Annual administration report of the Civil Veterinary Department of India - 1895-1896
Year: 1895
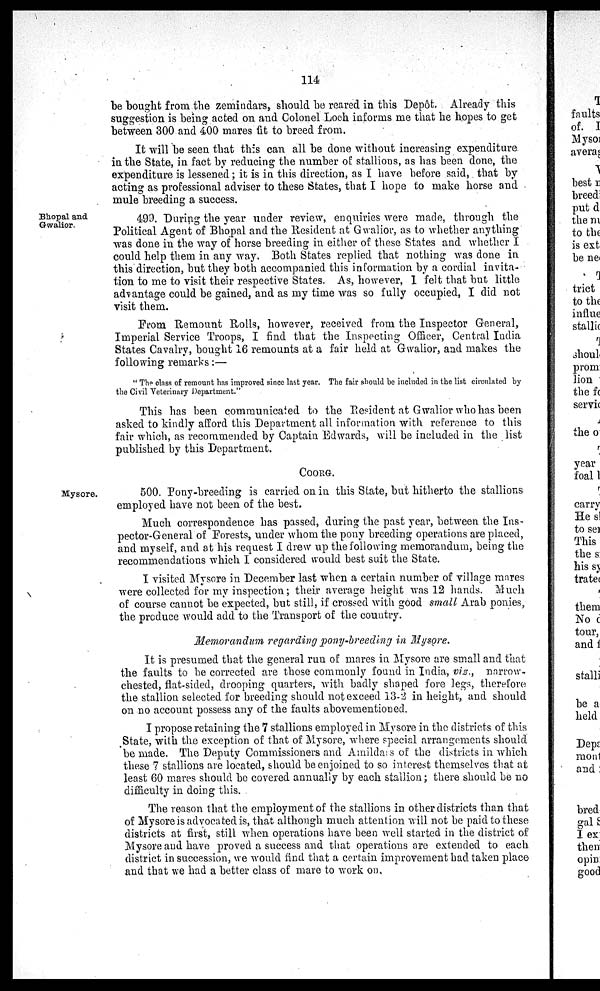
114
be bought from the zemindars, should be reared in this Depôt. Already this
suggestion is being acted on and Colonel Loch informs me that he hopes to get
between 300 and 400 mares fit to breed from.
It will be seen that this can all be done without increasing expenditure
in the State, in fact by reducing the number of stallions, as has been done, the
expenditure is lessened; it is in this direction, as I have before said, that by
acting as professional adviser to these States, that I hope to make horse and
mule breeding a success.
Bhopal and
Gwalior.
499. During the year under review, enquiries were made, through the
Political Agent of Bhopal and the Resident at Gwalior, as to whether anything
was done in the way of horse breeding in either of these States and whether I
could help them in any way. Both States replied that nothing was done in
this direction, but they both accompanied this information by a cordial invita-
tion to me to visit their respective States. As, however, I felt that but little
advantage could be gained, and as my time was so fully occupied, I did not
visit them.
From Remount Rolls, however, received from the Inspector General,
Imperial Service Troops, I find that the Inspecting Officer, Central India
States Cavalry, bought 16 remounts at a fair held at Gwalior, and makes the
following remarks:—
" The class of remount has improved since last year. The fair should be included in the list circulated by
the Civil Veterinary Department."
This has been communicated to the Resident at Gwalior who has been
asked to kindly afford this Department all information with reference to this
fair which, as recommended by Captain Edwards, will be included in the list
published by this Department.
COORG.
Mysore.
500. Pony-breeding is carried on in this State, but hitherto the stallions
employed have not been of the best.
Much correspondence has passed, during the past year, between the Ins-
pector-General of Forests, under whom the pony breeding operations are placed,
and myself, and at his request I drew up the following memorandum, being the
recommendations which I considered would best suit the State.
I visited Mysore in December last when a certain number of village mares
were collected for my inspection; their average height was 12 hands. Much
of course cannot be expected, but still, if crossed with good small Arab ponies,
the produce would add to the Transport of the country.
Memorandum regarding pony-breeding in Mysore.
It is presumed that the general run of mares in Mysore are small and that
the faults to be corrected are those commonly found in India, viz., narrow-
chested, flat-sided, drooping quarters, with badly shaped fore legs, therefore
the stallion selected for breeding should not exceed 13-2 in height, and should
on no account possess any of the faults abovementioned.
I propose retaining the 7 stallions employed in Mysore in the districts of this
State, with the exception of that of Mysore, where special arrangements should
be made. The Deputy Commissioners and Amildars of the districts in which
these 7 stallions are located, should be enjoined to so interest themselves that at
least 60 mares should be covered annually by each stallion; there should be no
difficulty in doing this.
The reason that the employment of the stallions in other districts than that
of Mysore is advocated is, that although much attention will not be paid to these
districts at first, still when operations have been well started in the district of
Mysore and have proved a success and that operations are extended to each
district in succession, we would find that a certain improvement had taken place
and that we had a better class of mare to work on.